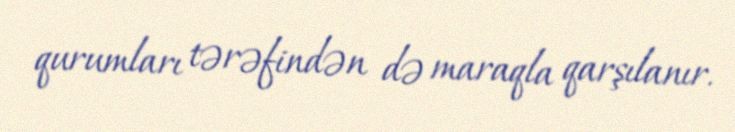
qurumları tərəfindən də maraqla qarşılanır.